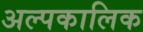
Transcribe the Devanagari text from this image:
अल्‍पकालिक